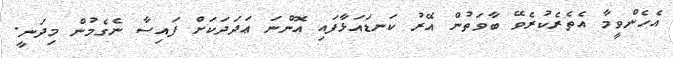
އެހެންވީމާ އެތެރެކުރެވޭ ބާވަތުން އޭރު ކަނޑައަޅާފައި އޮންނަ ޢަދަދަކަށް ފައިސާ ނެގެމުން މިދަނީ.